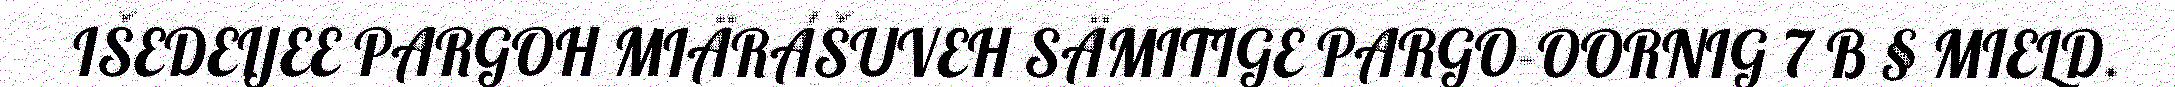
IŠEDEIJEE PARGOH MIÄRÁŠUVEH SÄMITIGE PARGO-OORNIG 7 B § MIELD.